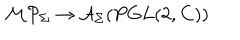
{ \cal M P } _ { \Sigma } \rightarrow { \cal A } _ { \Sigma } ( P G L ( 2 , { \bf C } ) )